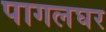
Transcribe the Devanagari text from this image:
पागलघर